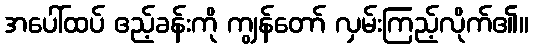
အပေါ်ထပ် ဧည့်ခန်းကို ကျွန်တော် လှမ်းကြည့်လိုက်၏။